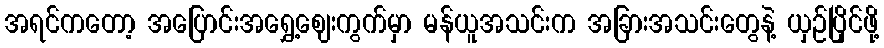
အရင်ကတော့ အပြောင်းအရွှေ့ဈေးကွက်မှာ မန်ယူအသင်းက အခြားအသင်းတွေနဲ့ ယှဉ်ပြိုင်ဖို့